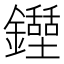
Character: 𨯐